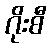
ဂိုးစီ